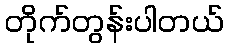
တိုက်တွန်းပါတယ်